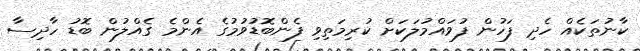
ކާނުތަކެއް ހެދި ފަހުން ފުވައްމުލަކަށް ކުރިމަތިވި ފެންބޮޑުވުމުގެ އެންމެ ގެއްލުން ބޮޑު ހާދިސާ